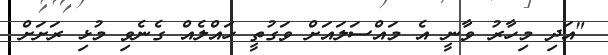
"އަދި މިހާރު ވާނީ އެ މައްސަލައަށް ވަގުތީ ހައްލެއް ގެނެވި މުޅި ރަށަށް